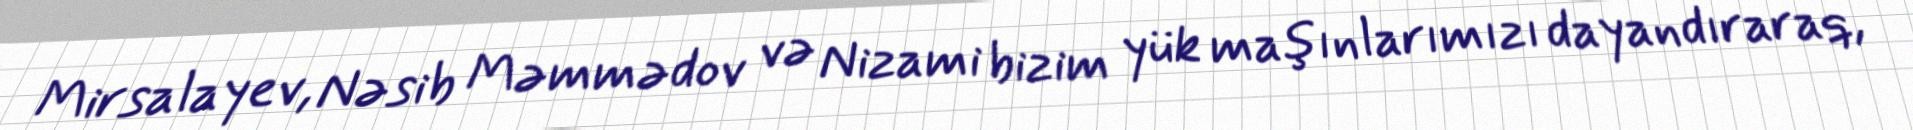
Mirsalayev, Nəsib Məmmədov və Nizami bizim yük maşınlarımızı dayandıraraq,